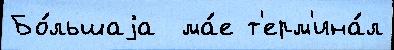
Бо́льшаjа  ма́е т'ерм'ина́л